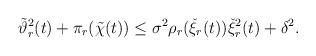
LaTeX: \begin{align*}\tilde{\vartheta}_{r}^{2}(t)+\pi_{r}(\tilde{\chi}(t))\leq\sigma^{2}\rho_{r}(\check{\xi}_{r}(t))\check{\xi}_{r}^{2}(t)+\delta^{2}.\end{align*}